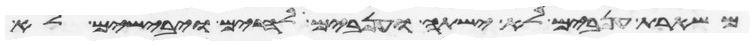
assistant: משארת ענבים לא ישתה וענבים לחים ויבישים לא